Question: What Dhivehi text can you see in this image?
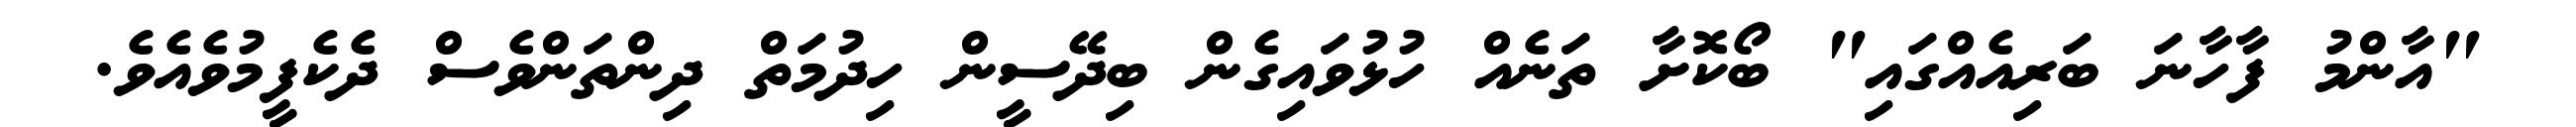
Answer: "އާންމު ފާހާނަ ބަރިއެއްގައި" ބޯކޮށާ ތަނެއް ހުޅުވައިގެން ބިދޭސީން ހިދުމަތް ދިންތަންވެސް ދެކެފީމުވެއެވެ.